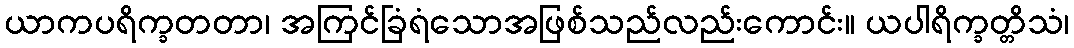
ယာကပရိက္ခတတာ၊ အကြင်ခြံရံသောအဖြစ်သည်လည်းကောင်း။ ယပါရိက္ခတ္တိသံ၊